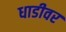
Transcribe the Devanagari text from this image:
धाडीवर